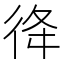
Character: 𢓤